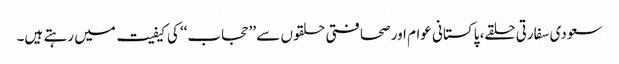
سعودی سفارتی حلقے، پاکستانی عوام اور صحافتی حلقوں سے ’’حجاب‘‘ کی کیفیت میں رہتے ہیں۔